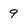
Character: 9